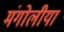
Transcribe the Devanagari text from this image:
मंगोलीया